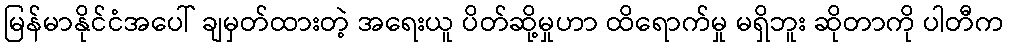
မြန်မာနိုင်ငံအပေါ် ချမှတ်ထားတဲ့ အရေးယူ ပိတ်ဆို့မှုဟာ ထိရောက်မှု မရှိဘူး ဆိုတာကို ပါတီက